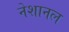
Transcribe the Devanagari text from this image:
नेशानल